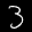
Label: 3